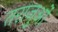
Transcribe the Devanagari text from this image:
तराजुओं